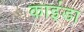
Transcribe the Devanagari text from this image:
काइंडा